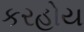
કરહોય